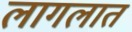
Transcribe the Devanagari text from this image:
लागलात